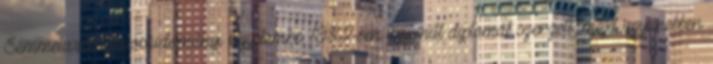
Semmelweis Orvostudományi Egyetemre. 1982-ben ugyanitt diplomát szerzett, majd ugyanebben